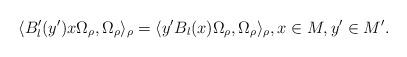
LaTeX: \begin{align*}\langle B_l'(y') x \Omega_{\rho}, \Omega_{\rho} \rangle_{\rho} = \langle y' B_l(x) \Omega_{\rho}, \Omega_{\rho} \rangle_{\rho}, x \in M, y' \in M'.\end{align*}